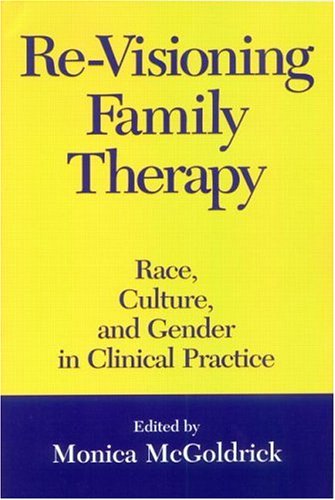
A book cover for Re-Visioning Family Therapy: Race, Culture, and Gender in Clinical Practice; Medical Books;